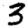
Digit: 3